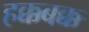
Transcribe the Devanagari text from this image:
हक्कबक्क